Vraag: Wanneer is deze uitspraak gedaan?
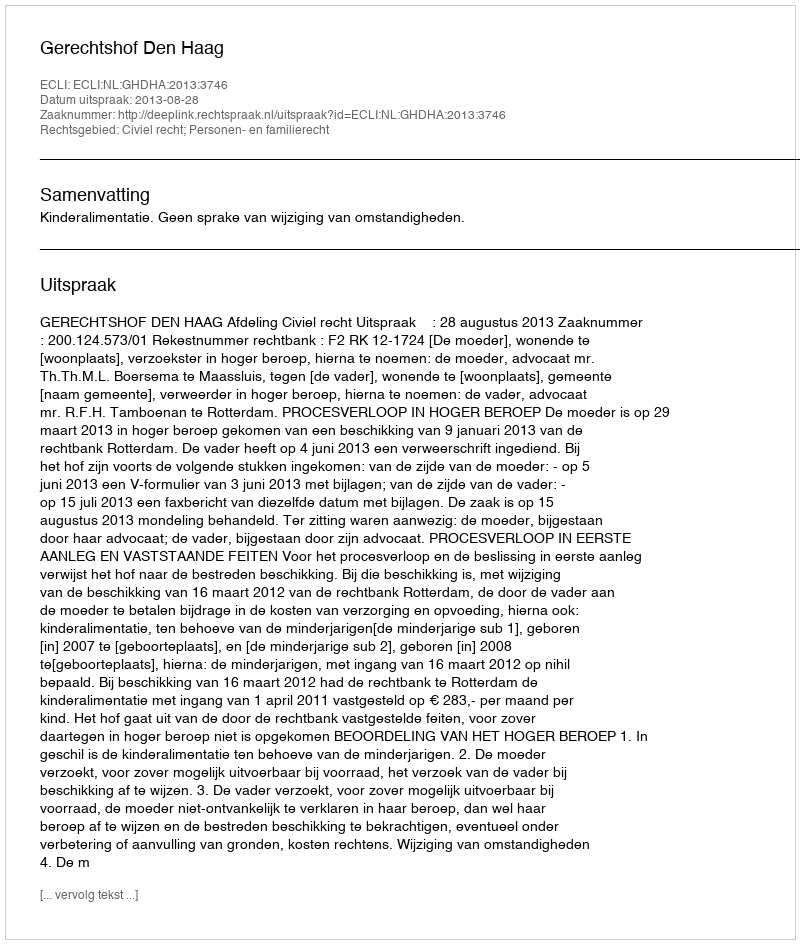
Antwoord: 2013-08-28